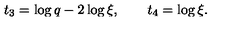
\ t _ { 3 } = \log q - 2 \log \xi , \qquad t _ { 4 } = \log \xi .